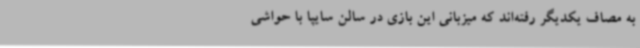
به مصاف یکدیگر رفته‌اند که میزبانی این بازی در سالن سایپا با حواشی